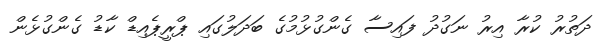
ދަތުރު ކުރާ އިރު ނަގުދު ފައިސާ ގެންގުޅުމުގެ ބަދަލުގައި ޕްރީޕެއިޑް ކާޑު ގެންގުޅެން